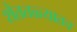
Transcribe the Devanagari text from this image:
शेततळ्यातच